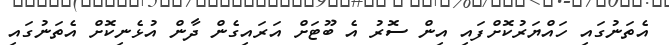
އެތަނުގައި ހައްޔަރުކޮށްފައި އިން ސޮރު އެ ބޫޓަަށް އަރައިގެން ދާން އުޅެނިކޮށް އެތަނުގައި